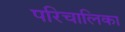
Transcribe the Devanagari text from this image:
परिचालिका